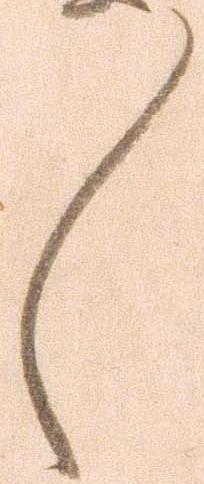
々